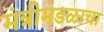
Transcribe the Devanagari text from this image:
मंत्रीमंडळाचा